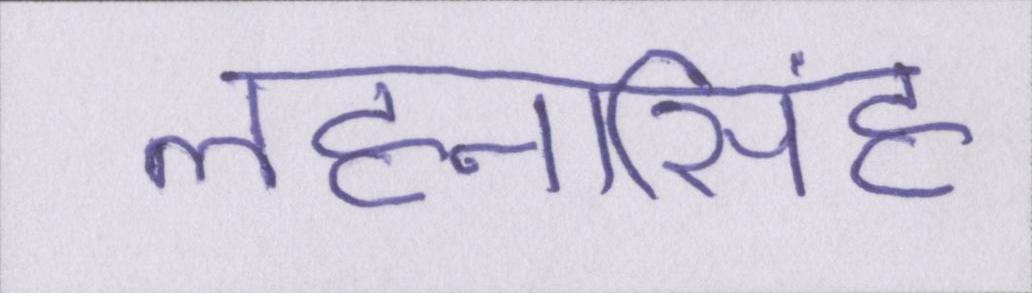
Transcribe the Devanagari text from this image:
लहनासिंह